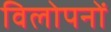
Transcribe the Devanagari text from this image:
विलोपनों